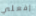
إفعلي